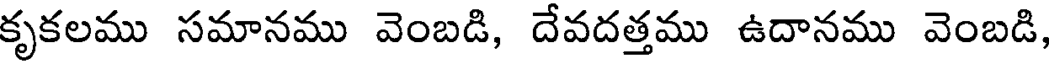
కృకలము సమానము వెంబడి, దేవదత్తము ఉదానము వెంబడి,